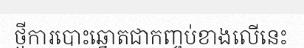
ថ្មីការបោះឆ្នោតជាកញ្ចប់ខាងលើនេះ